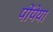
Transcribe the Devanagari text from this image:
पोंपेया